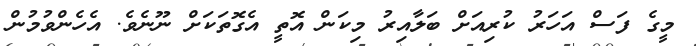
މީގެ ފަސް އަހަރު ކުރިއަށް ބަލާއިރު މިކަން އޮތީ އެގޮތަކަށް ނޫނެވެ. އެހެންވުމުން